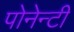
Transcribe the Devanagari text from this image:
पोनेन्टी